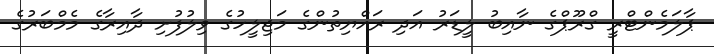
ޕާލަމެންޓްރީ ގްރޫޕްގެ ނާއިބު ލީޑަރު އަދި ރައްޔިތުންގެ މަޖިލީހުގެ ވިލުފުށި ދާއިރާގެ މެމްބަރުގެ